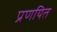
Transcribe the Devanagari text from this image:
प्रणयित